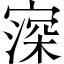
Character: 𡪜